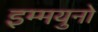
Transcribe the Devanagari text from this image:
इम्मयुनो